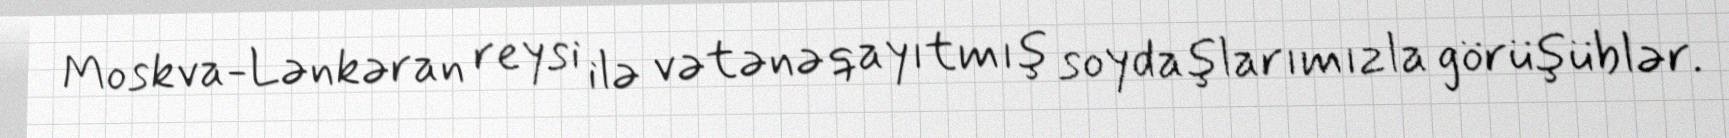
Moskva-Lənkəran reysi ilə vətənə qayıtmış soydaşlarımızla görüşüblər.